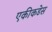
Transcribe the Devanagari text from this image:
एकीकडेस